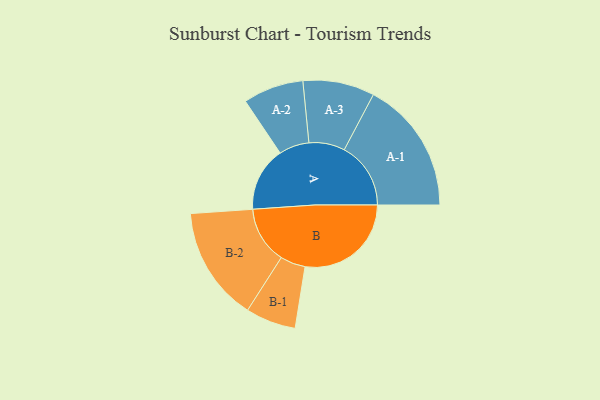
{"axis": {"x": "Segment", "y": "Value"}, "legend": ["", "A", "B"], "data": [{"x": "A", "y": 289, "type": ""}, {"x": "B", "y": 477, "type": ""}, {"x": "A-1", "y": 299, "type": "A"}, {"x": "A-2", "y": 136, "type": "A"}, {"x": "A-3", "y": 161, "type": "A"}, {"x": "B-1", "y": 113, "type": "B"}, {"x": "B-2", "y": 257, "type": "B"}]}